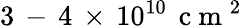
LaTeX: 3\, -\, 4\, \times\, 10^{10}\, \mathrm{~c~m~}^{2}